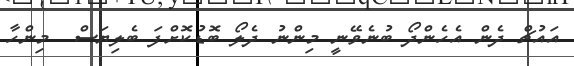
އައުޗް ދެން އެހެންދޯ ބުނެވޭނީ މިންނު ދެލޯ ބޮޑުކޮށްފަ ބެލިޔަސް  މިންހާ